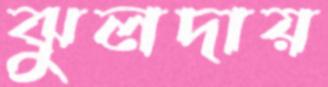
ঝুলদায়